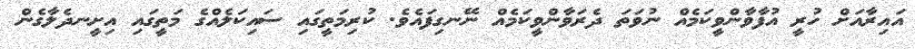
އައިރާއަށް ހުރީ އުފާވާންވީކަމެއް ނުވަތަ ދެރަވާންވީކަމެއް ނޭނގިފައެވެ. ކުރިމަތީގައި ސައިކަލެއްގެ މަތީގައި އިށީނދެލާގެން